Lunatic asylums Central Provinces reports 1874-1885 - 1874-1885
Year: 1874
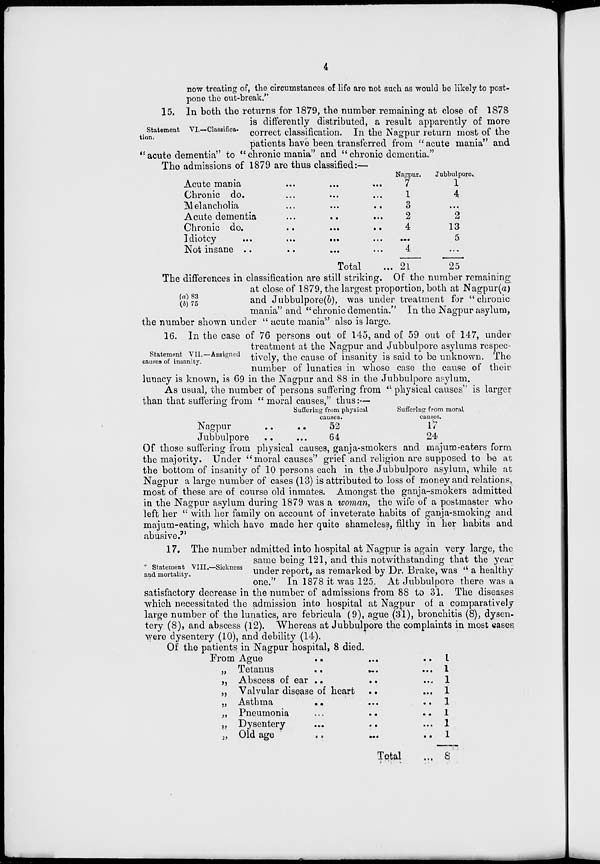
4
now treating of, the circumstances of life are not such as would be likely to post-
pone the out-break."
Statement VI.—Classifica-
tion.
15. In both the returns for 1879, the number remaining at close of 1878
is differently distributed, a result apparently of more
correct classification. In the Nagpur return most of the
patients have been transferred from "acute mania" and
"acute dementia" to "chronic mania" and "chronic dementia."
The admissions
of 1879 are thus classified:—
Acute mania
...
... ...
Chronic do.
...
... ...
Melancholia
...
... ...
Acute dementia
...
... ...
Chronic do.
...
...
...
Idiotcy
...
...
...
...
Not insane ..
..
...
...
Total ...
Nagpur.
7
1
3
2
4
...
4
21
Jubbulpore.
1
4
...
2
13
5
...
25
(a) 83
(b) 75
The differences in classification are still striking. Of the number remaining
at close of 1879, the largest proportion, both at Nagpur(a)
and Jubbulpore(b), was under treatment for "chronic
mania" and "chronic dementia." In the Nagpur asylum,
the number shown under " acute mania" also is large.
Statement VII.—Assigned
causes of insanity.
16. In the case of 76 persons out of 145, and of 59 out of 147, under
treatment at the Nagpur and Jubbulpore asylums respec-
tively, the cause of insanity is said to be unknown. The
number of lunatics in whose case the cause of their
lunacy is known, is 69 in the Nagpur and 88 in the Jubbulpore asylum.
As usual, the number of persons suffering from " physical causes" is larger
than that suffering from "moral causes," thus:—
Nagpur .. ..
Jubbulpore .. ...
Suffering from physical
causes.
52
64
Suffering from moral
causes.
17
24
Of those suffering from physical causes, ganja-smokers and majum-eaters form
the majority. Under "moral causes" grief and religion are supposed to be at
the bottom of insanity of 10 persons each in the Jubbulpore asylum, while at
Nagpur a large number of cases (13) is attributed to loss of money and relations,
most of these are of course old inmates. Amongst the ganja-smokers admitted
in the Nagpur asylum during 1879 was a woman, the wife of a postmaster who
left her "with her family on account of inveterate habits of ganja-smoking and
majum-eating, which have made her quite shameless, filthy in her habits and
abusive."
" Statement VIII.—Sickness
and mortality.
17. The number admitted into hospital at Nagpur is again very large, the
same being 121, and this notwithstanding that the year
under report, as remarked by Dr. Brake, was " a healthy
one." In 1878 it was 125. At Jubbulpore there was a
satisfactory decrease in the number of admissions from 88 to 31. The diseases
which necessitated the admission into hospital at Nagpur of a comparatively
large number of the lunatics, are febricula (9), ague (31), bronchitis (8), dysen-
tery (8), and abscess (12). Whereas at Jubbulpore the complaints in most cases
were dysentery (10), and debility (14).
Of the patients in Nagpur hospital, 8 died.
From Ague
..
... ..
„ Tetanus
..
...
...
„ Abscess of ear ..
.. ...
„ Valvular disease of heart .. ...
„ Asthma
..
... ..
„ Pneumonia
...
..
..
„ Dysentery
...
.. ...
„ Old age
..
...
..
Total ...
1
1
1
1
1
1
1
1
8